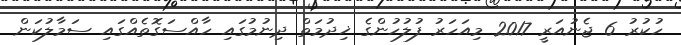
ހުކުރު 6 ޖެނުއަރީ 2017 މިއަހަރު ފުލުހުންގެ ޚިދުމަތް ދިނުމުގައި ހާއްސަގޮތެއްގައި ސަމާލުކަން